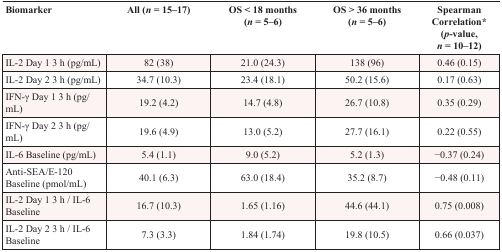
<table><thead><tr><td><b>Biomarker</b></td><td><b>All (<i>n</i> = 15–17)</b></td><td><b>OS &lt; 18 months (<i>n</i> = 5–6)</b></td><td><b>OS &gt; 36 months (<i>n</i> = 5–6)</b></td><td><b>Spearman Correlation<sup>*</sup> (<i>p</i>-value, <i>n</i> = 10–12)</b></td></tr></thead><tbody><tr><td>IL-2 Day 1 3 h (pg/mL)</td><td>82 (38)</td><td>21.0 (24.3)</td><td>138 (96)</td><td>0.46 (0.15)</td></tr><tr><td>IL-2 Day 2 3 h (pg/mL)</td><td>34.7 (10.3)</td><td>23.4 (18.1)</td><td>50.2 (15.6)</td><td>0.17 (0.63)</td></tr><tr><td>IFN-γ Day 1 3 h (pg/mL)</td><td>19.2 (4.2)</td><td>14.7 (4.8)</td><td>26.7 (10.8)</td><td>0.35 (0.29)</td></tr><tr><td>IFN-γ Day 2 3 h (pg/mL)</td><td>19.6 (4.9)</td><td>13.0 (5.2)</td><td>27.7 (16.1)</td><td>0.22 (0.55)</td></tr><tr><td>IL-6 Baseline (pg/mL)</td><td>5.4 (1.1)</td><td>9.0 (5.2)</td><td>5.2 (1.3)</td><td>−0.37 (0.24)</td></tr><tr><td>Anti-SEA/E-120 Baseline (pmol/mL)</td><td>40.1 (6.3)</td><td>63.0 (18.4)</td><td>35.2 (8.7)</td><td>−0.48 (0.11)</td></tr><tr><td>IL-2 Day 1 3 h / IL-6 Baseline</td><td>16.7 (10.3)</td><td>1.65 (1.16)</td><td>44.6 (44.1)</td><td>0.75 (0.008)</td></tr><tr><td>IL-2 Day 2 3 h / IL-6 Baseline</td><td>7.3 (3.3)</td><td>1.84 (1.74)</td><td>19.8 (10.5)</td><td>0.66 (0.037)</td></tr></tbody></table>